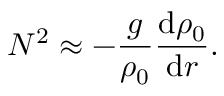
N ^ { 2 } \approx - \frac { g } { \rho _ { 0 } } \frac { \mathrm { d } \rho _ { 0 } } { \mathrm { d } r } .